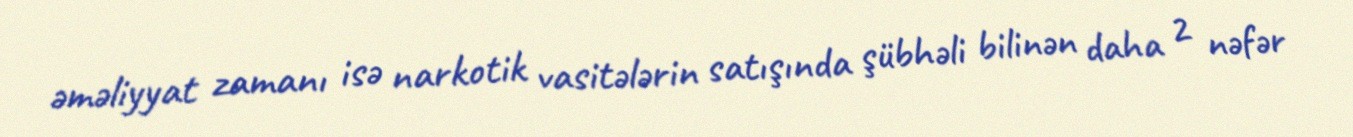
əməliyyat zamanı isə narkotik vasitələrin satışında şübhəli bilinən daha 2 nəfər